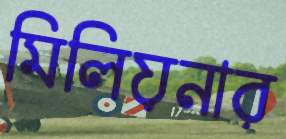
মিলিয়নার